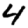
Digit: 4